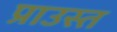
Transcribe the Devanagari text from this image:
प्राउस्त